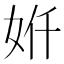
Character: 𫰙